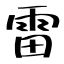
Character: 雷